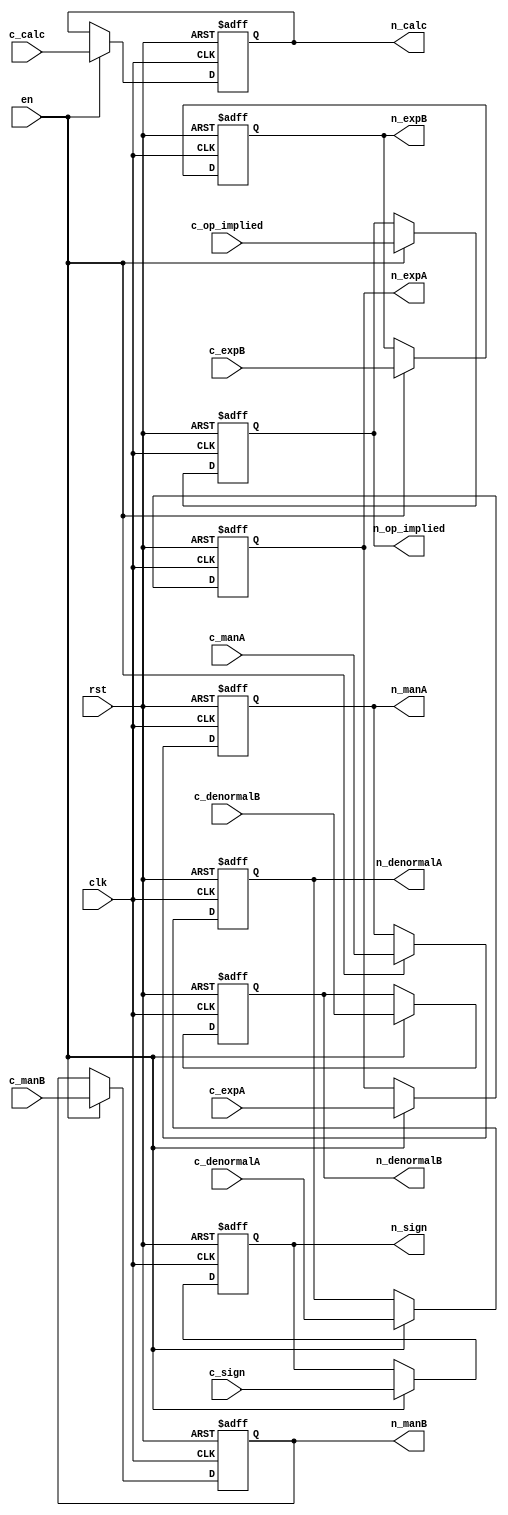
module p_reg_cn (
    input wire clk, rst, en,
    input wire c_sign, c_denormalA, c_denormalB, c_op_implied,
    input wire [22:0] c_manA, c_manB,
    input wire [7:0] c_expA, c_expB,
    input wire [27:0] c_calc,
    output reg n_sign, n_denormalA, n_denormalB, n_op_implied,
    output reg [22:0] n_manA, n_manB,
    output reg [7:0] n_expA, n_expB,
    output reg [27:0] n_calc
);

    always @(posedge clk, posedge rst)
        begin
            if(rst)
            begin
                n_sign <= 0;
                n_denormalA <= 0;
                n_denormalB <= 0;
                n_op_implied <= 0;
                n_manA <= 0;
                n_manB <= 0;
                n_expA <= 0;
                n_expB <= 0;
                n_calc <= 0;
            end
            else
            begin
                if(en)
                begin
                    n_sign <= c_sign;
                    n_denormalA <= c_denormalA;
                    n_denormalB <= c_denormalB;
                    n_op_implied <= c_op_implied;
                    n_manA <= c_manA;
                    n_manB <= c_manB;
                    n_expA <= c_expA;
                    n_expB <= c_expB;
                    n_calc <= c_calc;            
                end            
            end
        end
    
endmodule